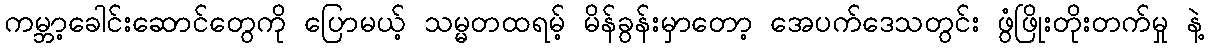
ကမ္ဘာ့ခေါင်းဆောင်တွေကို ပြောမယ့် သမ္မတထရမ့် မိန်ခွန်းမှာတော့ အေပက်ဒေသတွင်း ဖွံဖြိုးတိုးတက်မှု နဲ့